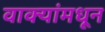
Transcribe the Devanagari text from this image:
वाक्यांमधून